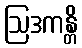
ဩဒကန္တိ